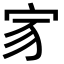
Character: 𡧘